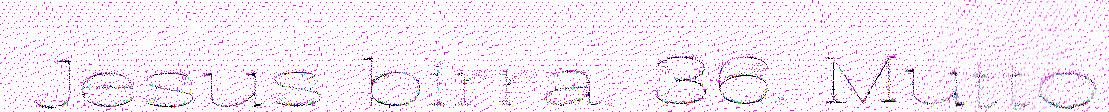
Jesus birra. 36. Mutto